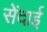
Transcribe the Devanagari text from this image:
सेंदाई